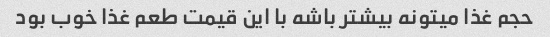
حجم غذا میتونه بیشتر باشه با این قیمت طعم غذا خوب بود